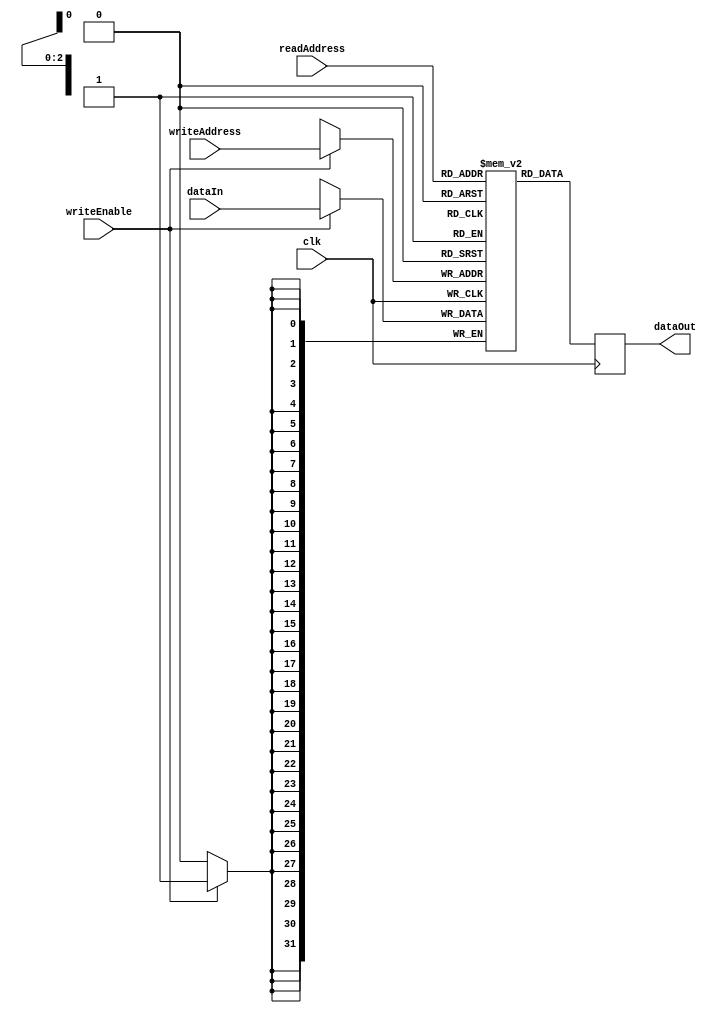
module MemoryBlocksStack(
    input wire clk,
    input wire[ADDR_WIDTH-1:0] readAddress,
    input wire[ADDR_WIDTH-1:0] writeAddress,
    input wire writeEnable,
    input wire[DATA_WIDTH-1:0] dataIn,
    output reg[DATA_WIDTH-1:0] dataOut
);

parameter BLOCK_SIZE = 32; // Size of each memory block
parameter NUM_BLOCKS = 8; // Number of memory blocks in the stack
parameter ADDR_WIDTH = $clog2(NUM_BLOCKS); // Address width based on number of blocks
parameter DATA_WIDTH = BLOCK_SIZE; // Data width of each memory block

reg [DATA_WIDTH-1:0] memoryStack[NUM_BLOCKS-1:0]; // Defining memory stack

always @(posedge clk) begin
    // Reading data from the memory stack based on readAddress
    dataOut = memoryStack[readAddress];
    
    // Writing data to the memory stack based on writeAddress and writeEnable
    if (writeEnable) begin
        memoryStack[writeAddress] <= dataIn;
    end
end

endmodule